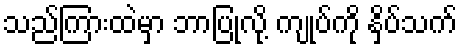
သည်ကြားထဲမှာ ဘာပြုလို့ ကျုပ်ကို နှိပ်သက်